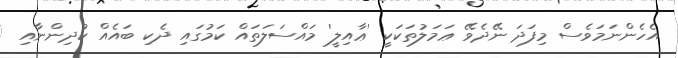
އެހެންނަމަވެސް މިފަދަ ނޭދެވޭ ޢަމަލުތަކަކީ 'ޢާއިލީ' މައްސަލަތައް ކަމުގައި ދެކި ބައެއް ކުދިންނާއި